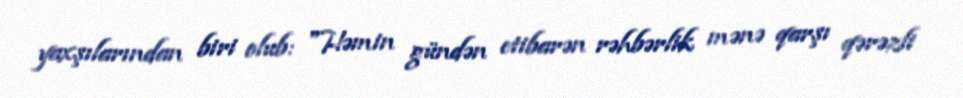
yaxşılarından biri olub: "Həmin gündən etibarən rəhbərlik mənə qarşı qərəzli